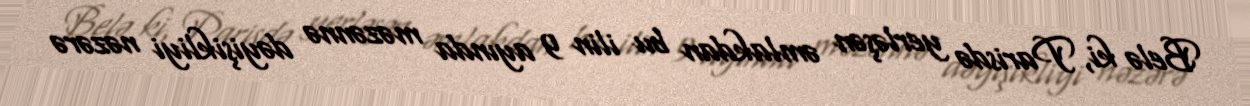
Belə ki, Parisdə yerləşən əmlakdan bu ilin 9 ayında məzənnə dəyişikliyi nəzərə